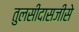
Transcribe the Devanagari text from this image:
तुलसीदासजीसे